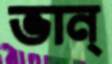
ভান্‌